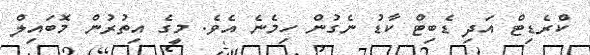
ކްރެޑިޓް އަދި ޑެބިޓް ކާޑު ނެގުން ހިމެނެ އެވެ. މީގެ އިތުރުން މޮބައިލް